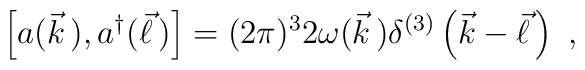
\left[a(\vec{k}\,),a^\dagger(\vec{\ell}\,)\right]=(2\pi)^32\omega(\vec{k}\,)\delta^{(3)}\left(\vec{k}-\vec{\ell}\,\right)\ ,